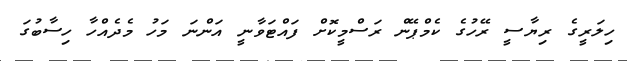
ހިލަރީގެ ރިޔާސީ ރޭހުގެ ކެމްޕޭން ރަސްމީކޮށް ފައްޓަވާނީ އަންނަ މަހު މެދެއްހާ ހިސާބުގަ